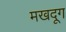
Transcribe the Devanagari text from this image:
मखदूग